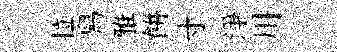
拉舄雅餅寸淨川